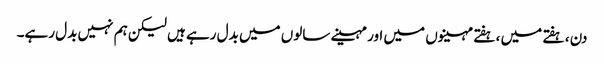
دن ، ہفتے میں ، ہفتے مہینوں میں اور مہینے سالوں میں بدل رہے ہیں لیکن ہم نہیں بدل رہے۔